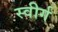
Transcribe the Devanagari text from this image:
स्वीर्ग